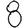
Digit: 8